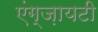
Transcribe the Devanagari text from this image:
एंग्ज़ायटी